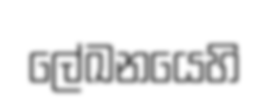
ලේඛනයෙහි